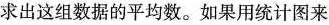
求出这组数据的平均数。如果用统计图来